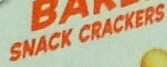
SNACK CRACKERS